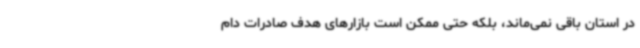
در استان باقی نمی‌ماند، بلکه حتی ممکن است بازارهای هدف صادرات دام